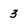
Character: 3